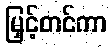
မြှင့်တင်ကာ